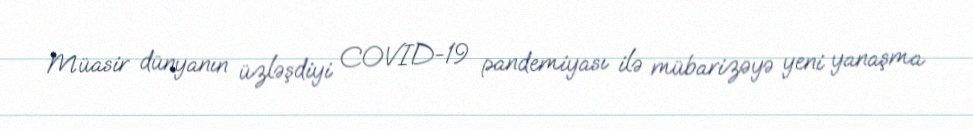
Müasir dünyanın üzləşdiyi COVID-19 pandemiyası ilə mübarizəyə yeni yanaşma